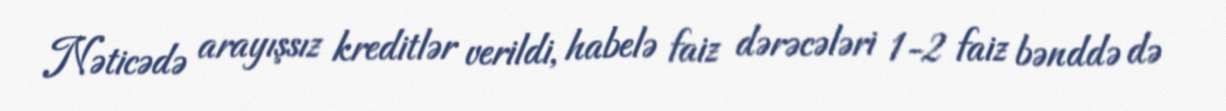
Nəticədə arayışsız kreditlər verildi, habelə faiz dərəcələri 1-2 faiz bənddə də